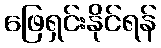
ဖြေရှင်းနိုင်ရန်